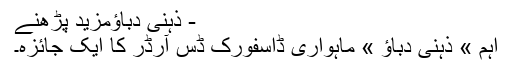
- ذہنی دباؤمزید پڑھنے
اہم » ذہنی دباؤ » ماہواری ڈاسفورک ڈس آرڈر کا ایک جائزہ۔